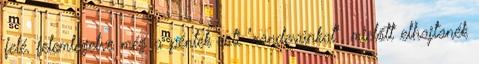
felé, felemlegetve még a péntek esti "randevúnkat", mielőtt elhajtanék